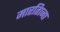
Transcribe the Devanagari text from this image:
मारतिाना